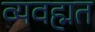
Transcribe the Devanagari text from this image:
व्यवह्मत